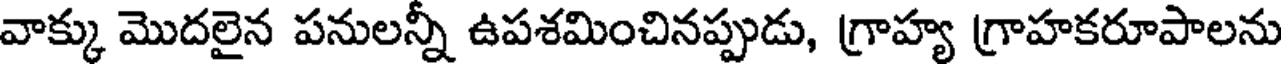
వాక్కు మొదలైన పనులన్నీ ఉపశమించినప్పుడు, గ్రాహ్య గ్రాహకరూపాలను